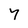
Character: Y